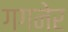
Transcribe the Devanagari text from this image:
गगनेर